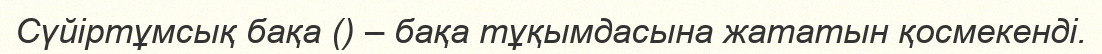
Сүйіртұмсық бақа () – бақа тұқымдасына жататын қосмекенді.